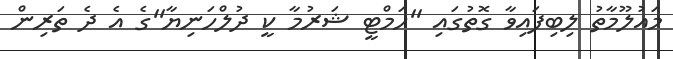
މައުލޫމާތު ލިބިފައިވާ ގޮތުގައި ''ހަމްޓީ ޝަރުމާ ކީ ދުލްހަނިޔާ''ގެ އެ ދެ ތަރިން